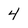
Character: 4